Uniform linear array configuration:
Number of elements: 48
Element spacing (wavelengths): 0.5
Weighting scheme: hann
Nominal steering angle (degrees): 0
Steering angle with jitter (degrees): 1.627
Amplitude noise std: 0.05
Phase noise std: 0.05

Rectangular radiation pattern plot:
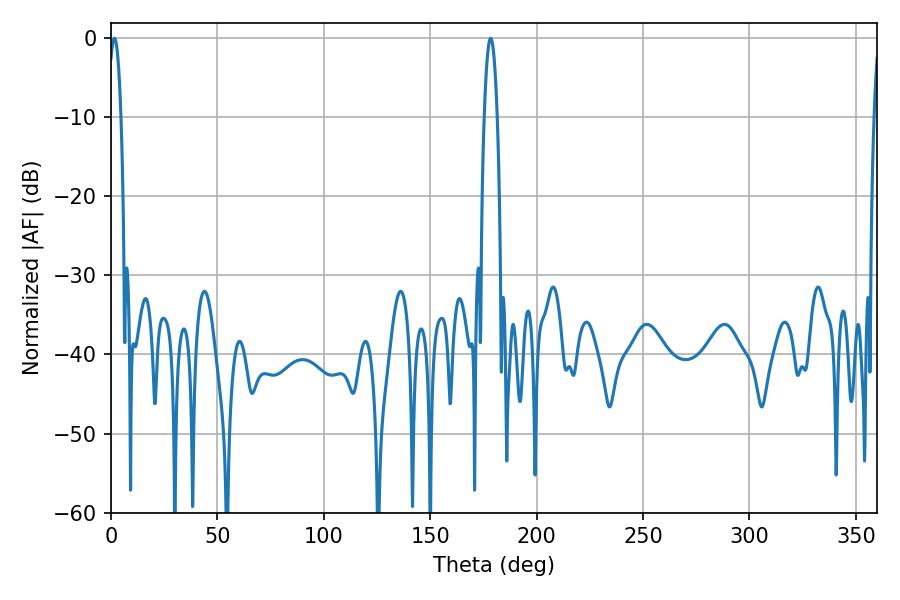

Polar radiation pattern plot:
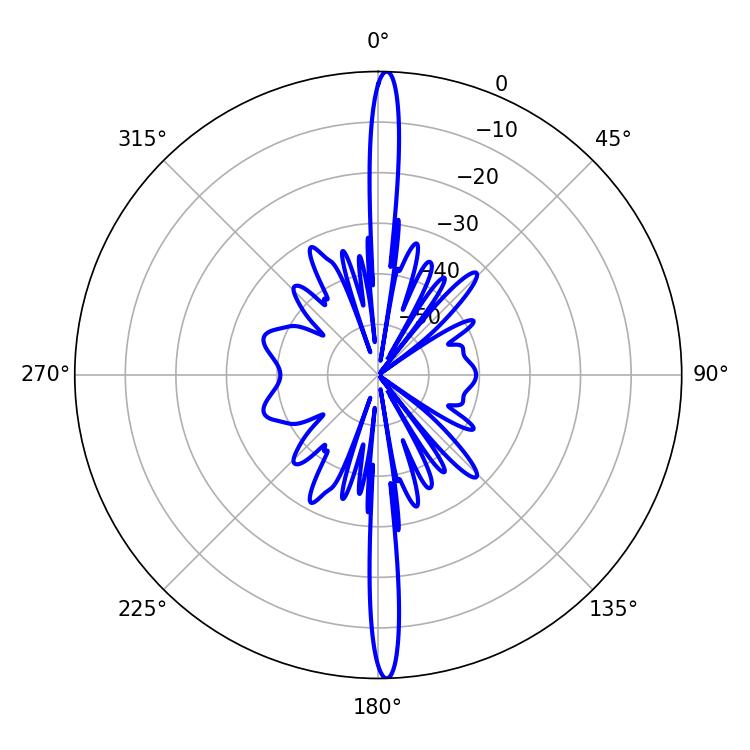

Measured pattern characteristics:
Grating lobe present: FALSE
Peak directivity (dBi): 27.557
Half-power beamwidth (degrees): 3.24
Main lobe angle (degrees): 1.62